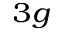
_ { 3 g }